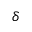
\delta